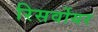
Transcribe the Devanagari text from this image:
रिसर्वोयर